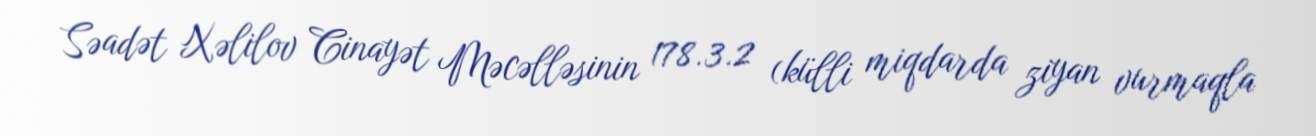
Səadət Xəlilov Cinayət Məcəlləsinin 178.3.2 (külli miqdarda ziyan vurmaqla